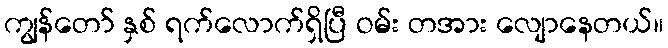
ကျွန်တော် နှစ် ရက်လောက်ရှိပြီ ဝမ်း တအား လျောနေတယ်။